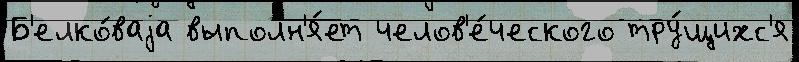
Б'елко́ваjа выполн'я́ет челов'е́ческого тру́щихс'я